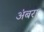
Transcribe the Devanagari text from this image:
अंबरा